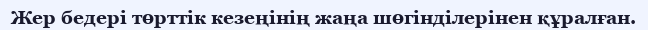
Жер бедері төрттік кезеңінің жаңа шөгінділерінен құралған.